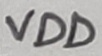
Text: VDD